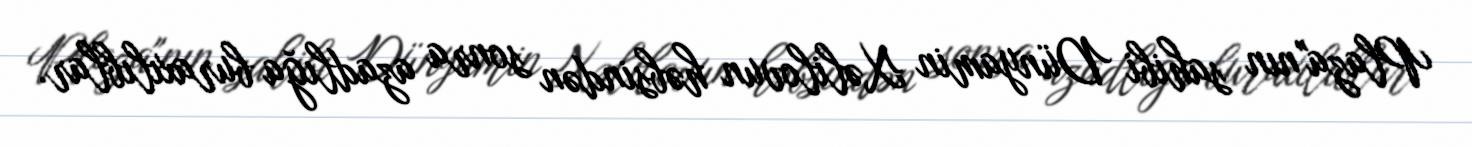
Plaza"nın sahibi Dünyamin Xəlilovun həbsindən sonra azadlığa buraxılıblar.